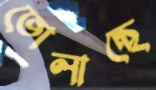
তোলাচ্ছে